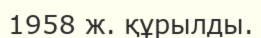
1958 ж. құрылды.